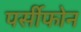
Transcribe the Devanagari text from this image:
पर्सीफोन